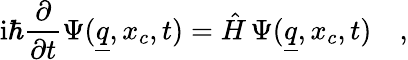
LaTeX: \mathrm{i}\hbar\frac{\partial}{\partial t}\Psi(\underline{{q}},x_{c},t)=\hat{H}\, \Psi(\underline{{q}},x_{c},t)\quad,